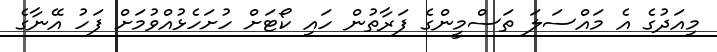
މިއަދުގެ އެ މައްސަލަ ތަސްމީންގެ ފަރާތުން ހައި ކޯޓަށް ހުށަހެޅުއްވުމަށް ފަހު އޭނާގެ